system: You are a helpful assistant.
user:
Analyze the provided spectrum to determine if it is a **M-type Giant (gM)**.

A M-type Giant spectrum is defined by its **strong molecular absorption** features, particularly from **Titanium Oxide (TiO)**. You must check for one of the following mutually exclusive signatures:

- **Key Visual Indicators (Absorption-Dominated Spectrum):**

    - **(Primary):** The spectrum is dominated by strong molecular absorption from **Titanium Oxide (TiO)**. This is the **defining feature** of its M-type temperature class.
        - **(Key Bandheads):** Look for sharp, "saw-tooth" absorption valleys. The strongest are located near **~7050 Å**, **~6160 Å**, and **~5170 Å**.
        - **(Line Profile):** The "saw-tooth" morphology is critical: a **sharp, steep drop on the BLUE (short-wavelength) side** of the bandhead, followed by a gradual recovery (rising flux) towards the RED (long-wavelength) side.

    - **(Key Confirmation - Giant vs. Dwarf):** **ABSENCE** of strong **Calcium Hydride (CaH)** molecular bands. This is the primary diagnostic for *excluding* M-dwarfs.
        - **(Key Region):** The spectrum should lack the strong, broad absorption band seen in dwarfs between **~6800 Å and ~7000 Å**.

    - **(Secondary Confirmation - Giant):** A very strong and broad **Neutral Calcium (Ca I)** atomic absorption line.
        - **(Key Line):** Located at **~4226 Å**. In a giant (gM), this line is significantly deeper and broader than the same line in an M-dwarf (dM) due to low surface gravity.

    - **(Overall Spectrum):**
        - The continuum is **extremely red-sloping** (i.e., flux is very low in the blue and rises dramatically towards the red).
        - The entire spectrum appears "chopped up" by the deep TiO bands.

Think first, call **spectral_visualization_tool** if needed to examine features in detail, then provide your final answer. Your response must adhere to the following strict rules:
1.  **Overall Structure:** Your response must follow the format `<think>...</think> <tool_call>...</tool_call> (if a tool is used) <answer>...</answer>`.
2.  **Tool Usage Constraint:** You may only make **one** tool call per turn.
3.  **Final Answer Format:** In the `<answer>` tag, your conclusion must be inside a `\boxed{}` command (e.g., `\boxed{YES}` or `\boxed{NO}`), followed by your justification.

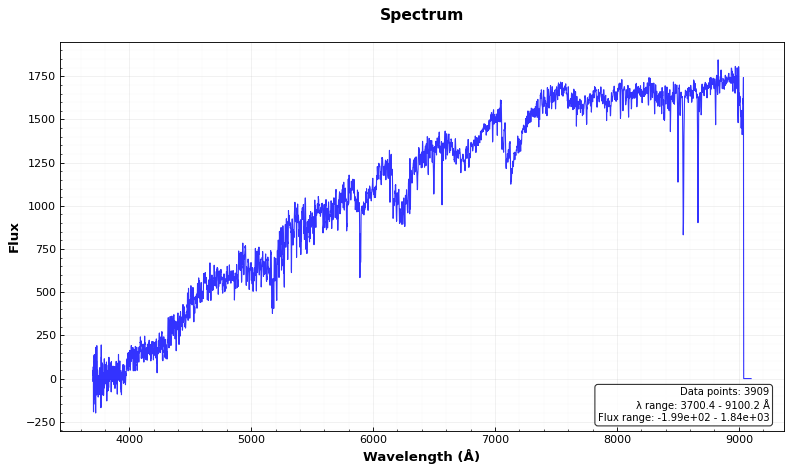
Answer: YES